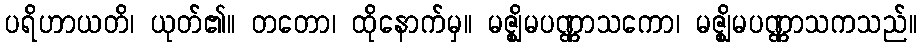
ပရိဟာယတိ၊ ယုတ်၏။ တတော၊ ထိုနောက်မှ။ မဇ္ဈိမပဏ္ဏာသကော၊ မဇ္ဈိမပဏ္ဏာသကသည်။